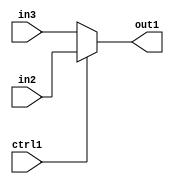
`timescale 1ps / 1ps
/*****************************************************************************
    Verilog RTL Description
    
    
    Created by: Stratus DpOpt 21.05.01 
*******************************************************************************/

module SobelFilter_N_Mux_10_2_1_1 (
	in3,
	in2,
	ctrl1,
	out1
	); /* architecture "behavioural" */ 
input [9:0] in3,
	in2;
input  ctrl1;
output [9:0] out1;
wire [9:0] asc001;

reg [9:0] asc001_tmp_0;
assign asc001 = asc001_tmp_0;
always @ (ctrl1 or in2 or in3) begin
	case (ctrl1)
		1'B1 : asc001_tmp_0 = in2 ;
		default : asc001_tmp_0 = in3 ;
	endcase
end

assign out1 = asc001;
endmodule

/* CADENCE  uLb0TQg= : u9/ySxbfrwZIxEzHVQQV8Q== ** DO NOT EDIT THIS LINE ******/